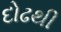
દોઢથી